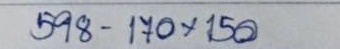
598 - 170 x 150